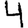
Digit: 4